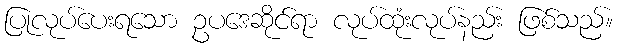
ပြုလုပ်ပေးရသော ဥပဒေဆိုင်ရာ လုပ်ထုံးလုပ်နည်း ဖြစ်သည်။